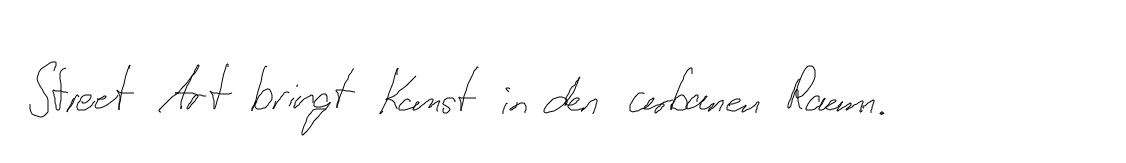
Street Art bringt Kunst in den urbanen Raum.